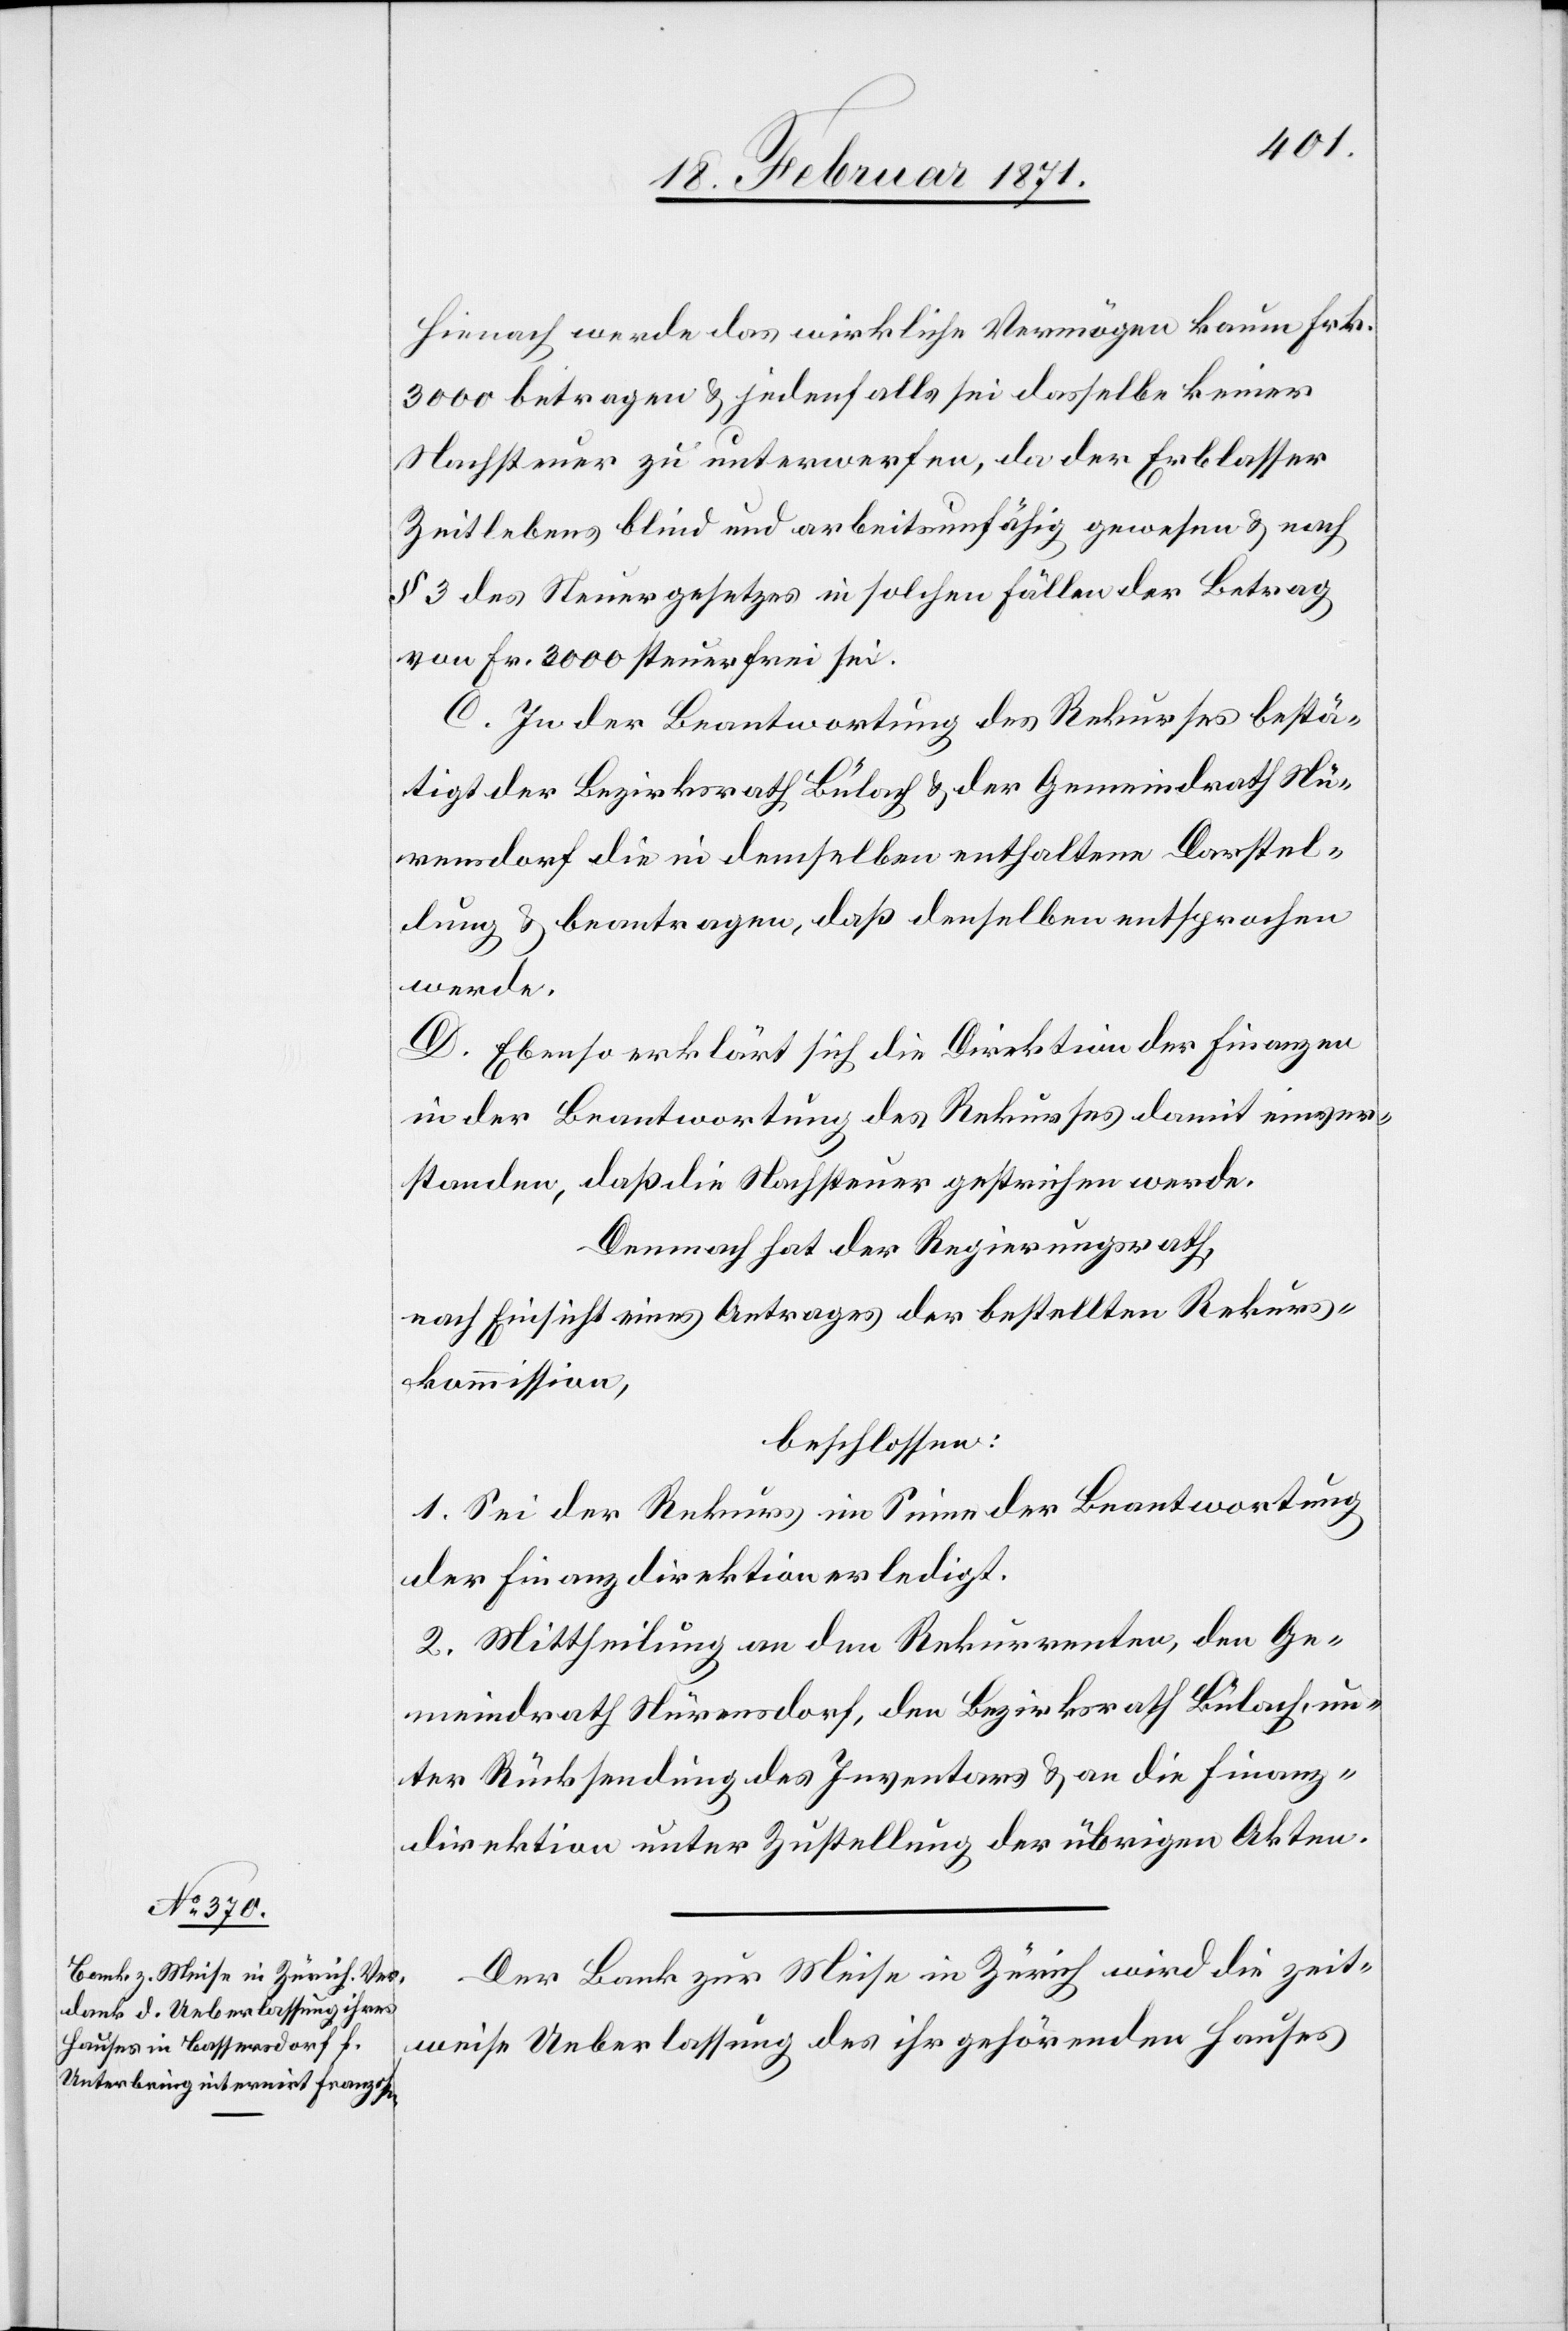
Hienach werde das wirkliche Vermögen kaum Frk.
3000 betragen u. jedenfalls sei dasselbe keiner
Nachsteuer zu unterwerfen, da der Erblasser
Zeitlebens blind und arbeitsunfähig gewesen u. nach
§ 3 des Steuergesetztes in solchen Fällen der Betrag
von Fr. 3000 steuerfrei sei.
C. In der Beantwortung des Rekurses bestä¬
tigt der Bezirksrath Bülach u. der Gemeindrath Nü¬
rensdorf die in demselben enthaltene Darstel¬
lung u. beantragen, daß denselben entsprochen
werde.
D. Ebenso erklärt sich die Direktion der Finanzen
in der Beantwortung des Rekurses damit einver¬
standen, daß die Nachsteuer gestrichen werde.
Demnach hat der Regierungsrath,
nach Einsicht eines Antrages der bestellten Rekurs¬
kommission,
beschlossen:
1. Sei der Rekurs im Sinne der Beantwortung
der Finanzdirektion erledigt.
2. Mittheilung an den Rekurrenten, den Ge¬
meindrath Nürensdorf, den Bezirksrath Bülach un¬
ter Rücksendung des Inventars u. an die Finanz¬
direktion unter Zustellung der übrigen Akten.
Der Bank zur Meise in Zürich wird die zeit¬
weise Ueberlassung des ihr gehörenden Hauses